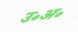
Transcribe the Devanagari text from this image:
उ॰अ॰